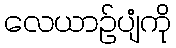
လေယာဉ်ပျံကို